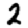
Digit: 2